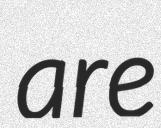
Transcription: are